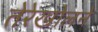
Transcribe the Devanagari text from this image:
तेरेखोलने